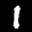
Label: 1